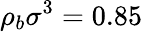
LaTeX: \rho_{b}\sigma^{3}=0.85